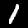
Label: 1